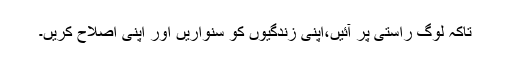
تاکہ لوگ راستی پر آئیں،اپنی زندگیوں کو سنواریں اور اپنی اصلاح کریں۔